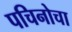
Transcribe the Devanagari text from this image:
पचिनोचा